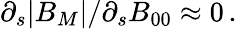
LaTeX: \partial_{s}|B_{M}|/\partial_{s}B_{00}\approx 0\, .